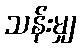
သန်းမျှ